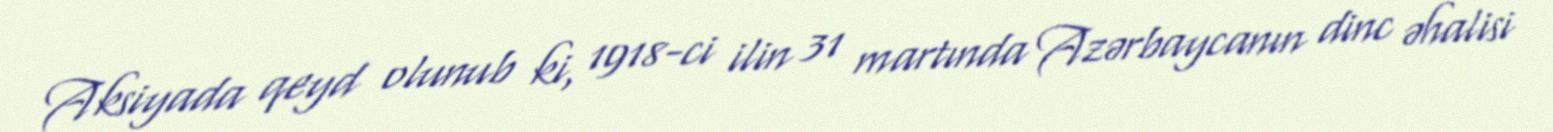
Aksiyada qeyd olunub ki, 1918-ci ilin 31 martında Azərbaycanın dinc əhalisi